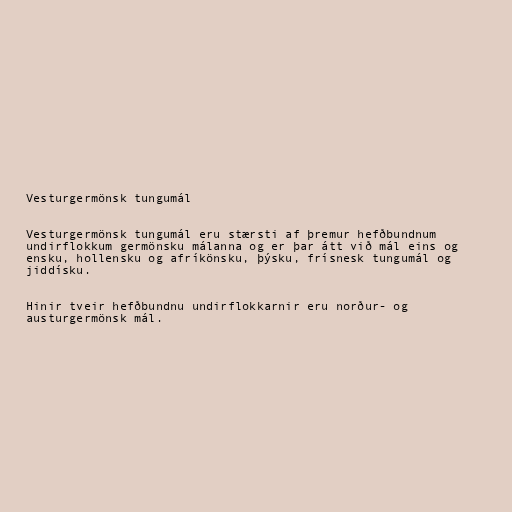
Vesturgermönsk tungumál

Vesturgermönsk tungumál eru stærsti af þremur hefðbundnum
undirflokkum germönsku málanna og er þar átt við mál eins og
ensku, hollensku og afríkönsku, þýsku, frísnesk tungumál og
jiddísku.

Hinir tveir hefðbundnu undirflokkarnir eru norður- og
austurgermönsk mál.